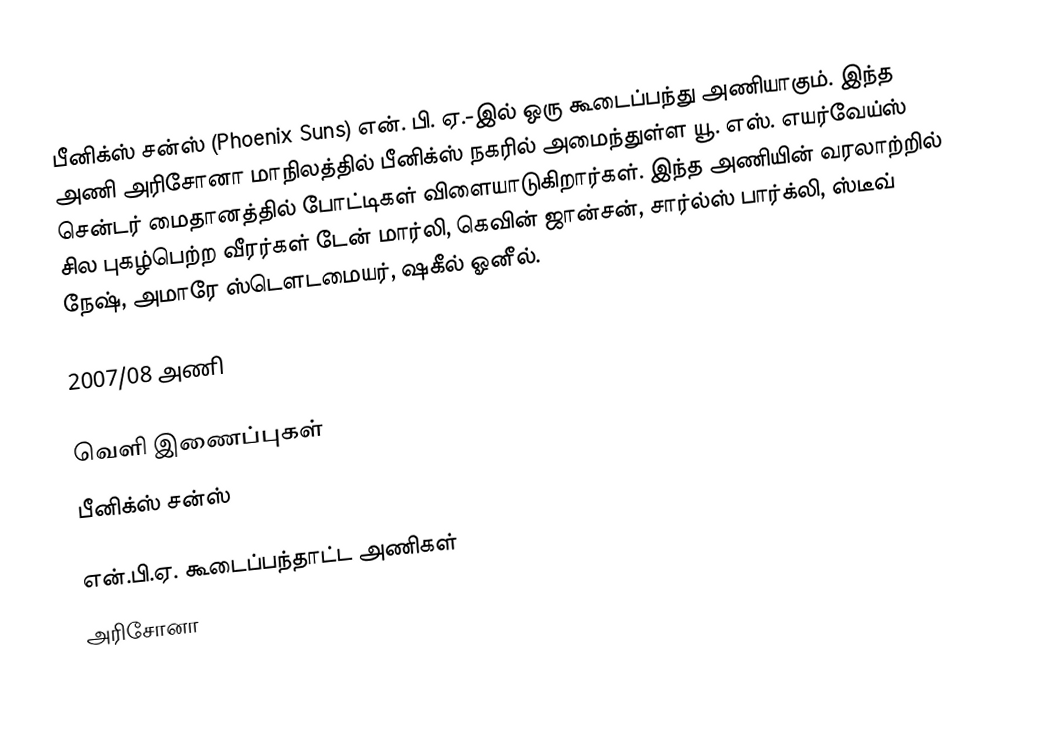
பீனிக்ஸ் சன்ஸ் (Phoenix Suns) என். பி. ஏ.-இல் ஒரு கூடைப்பந்து அணியாகும். இந்த அணி அரிசோனா மாநிலத்தில் பீனிக்ஸ் நகரில் அமைந்துள்ள  யூ. எஸ். எயர்வேய்ஸ் சென்டர் மைதானத்தில் போட்டிகள் விளையாடுகிறார்கள். இந்த அணியின் வரலாற்றில் சில புகழ்பெற்ற வீரர்கள் டேன் மார்லி, கெவின் ஜான்சன், சார்ல்ஸ் பார்க்லி, ஸ்டீவ் நேஷ், அமாரே ஸ்டெளடமையர், ஷகீல் ஓனீல்.

2007/08 அணி

வெளி இணைப்புகள்
 பீனிக்ஸ் சன்ஸ்

என்.பி.ஏ. கூடைப்பந்தாட்ட அணிகள்
அரிசோனா